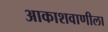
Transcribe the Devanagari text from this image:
आकाशवाणीला